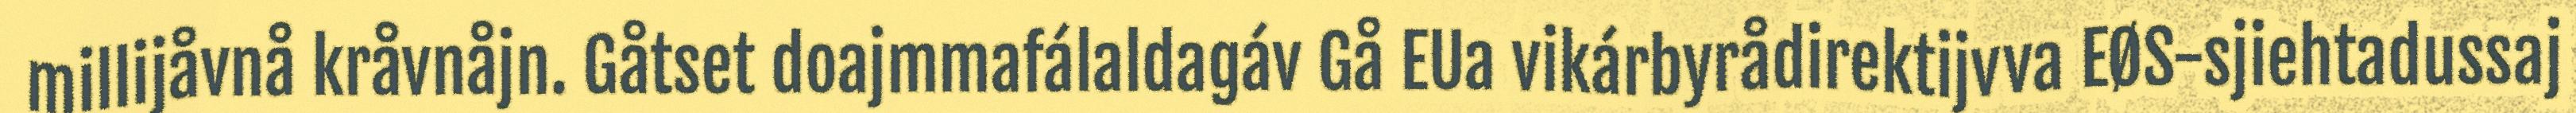
millijåvnå kråvnåjn. Gåtset doajmmafálaldagáv Gå EUa vikárbyrådirektijvva EØS-sjiehtadussaj